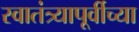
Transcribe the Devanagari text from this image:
स्वातंत्र्यापूर्वीच्या